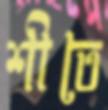
শীতে